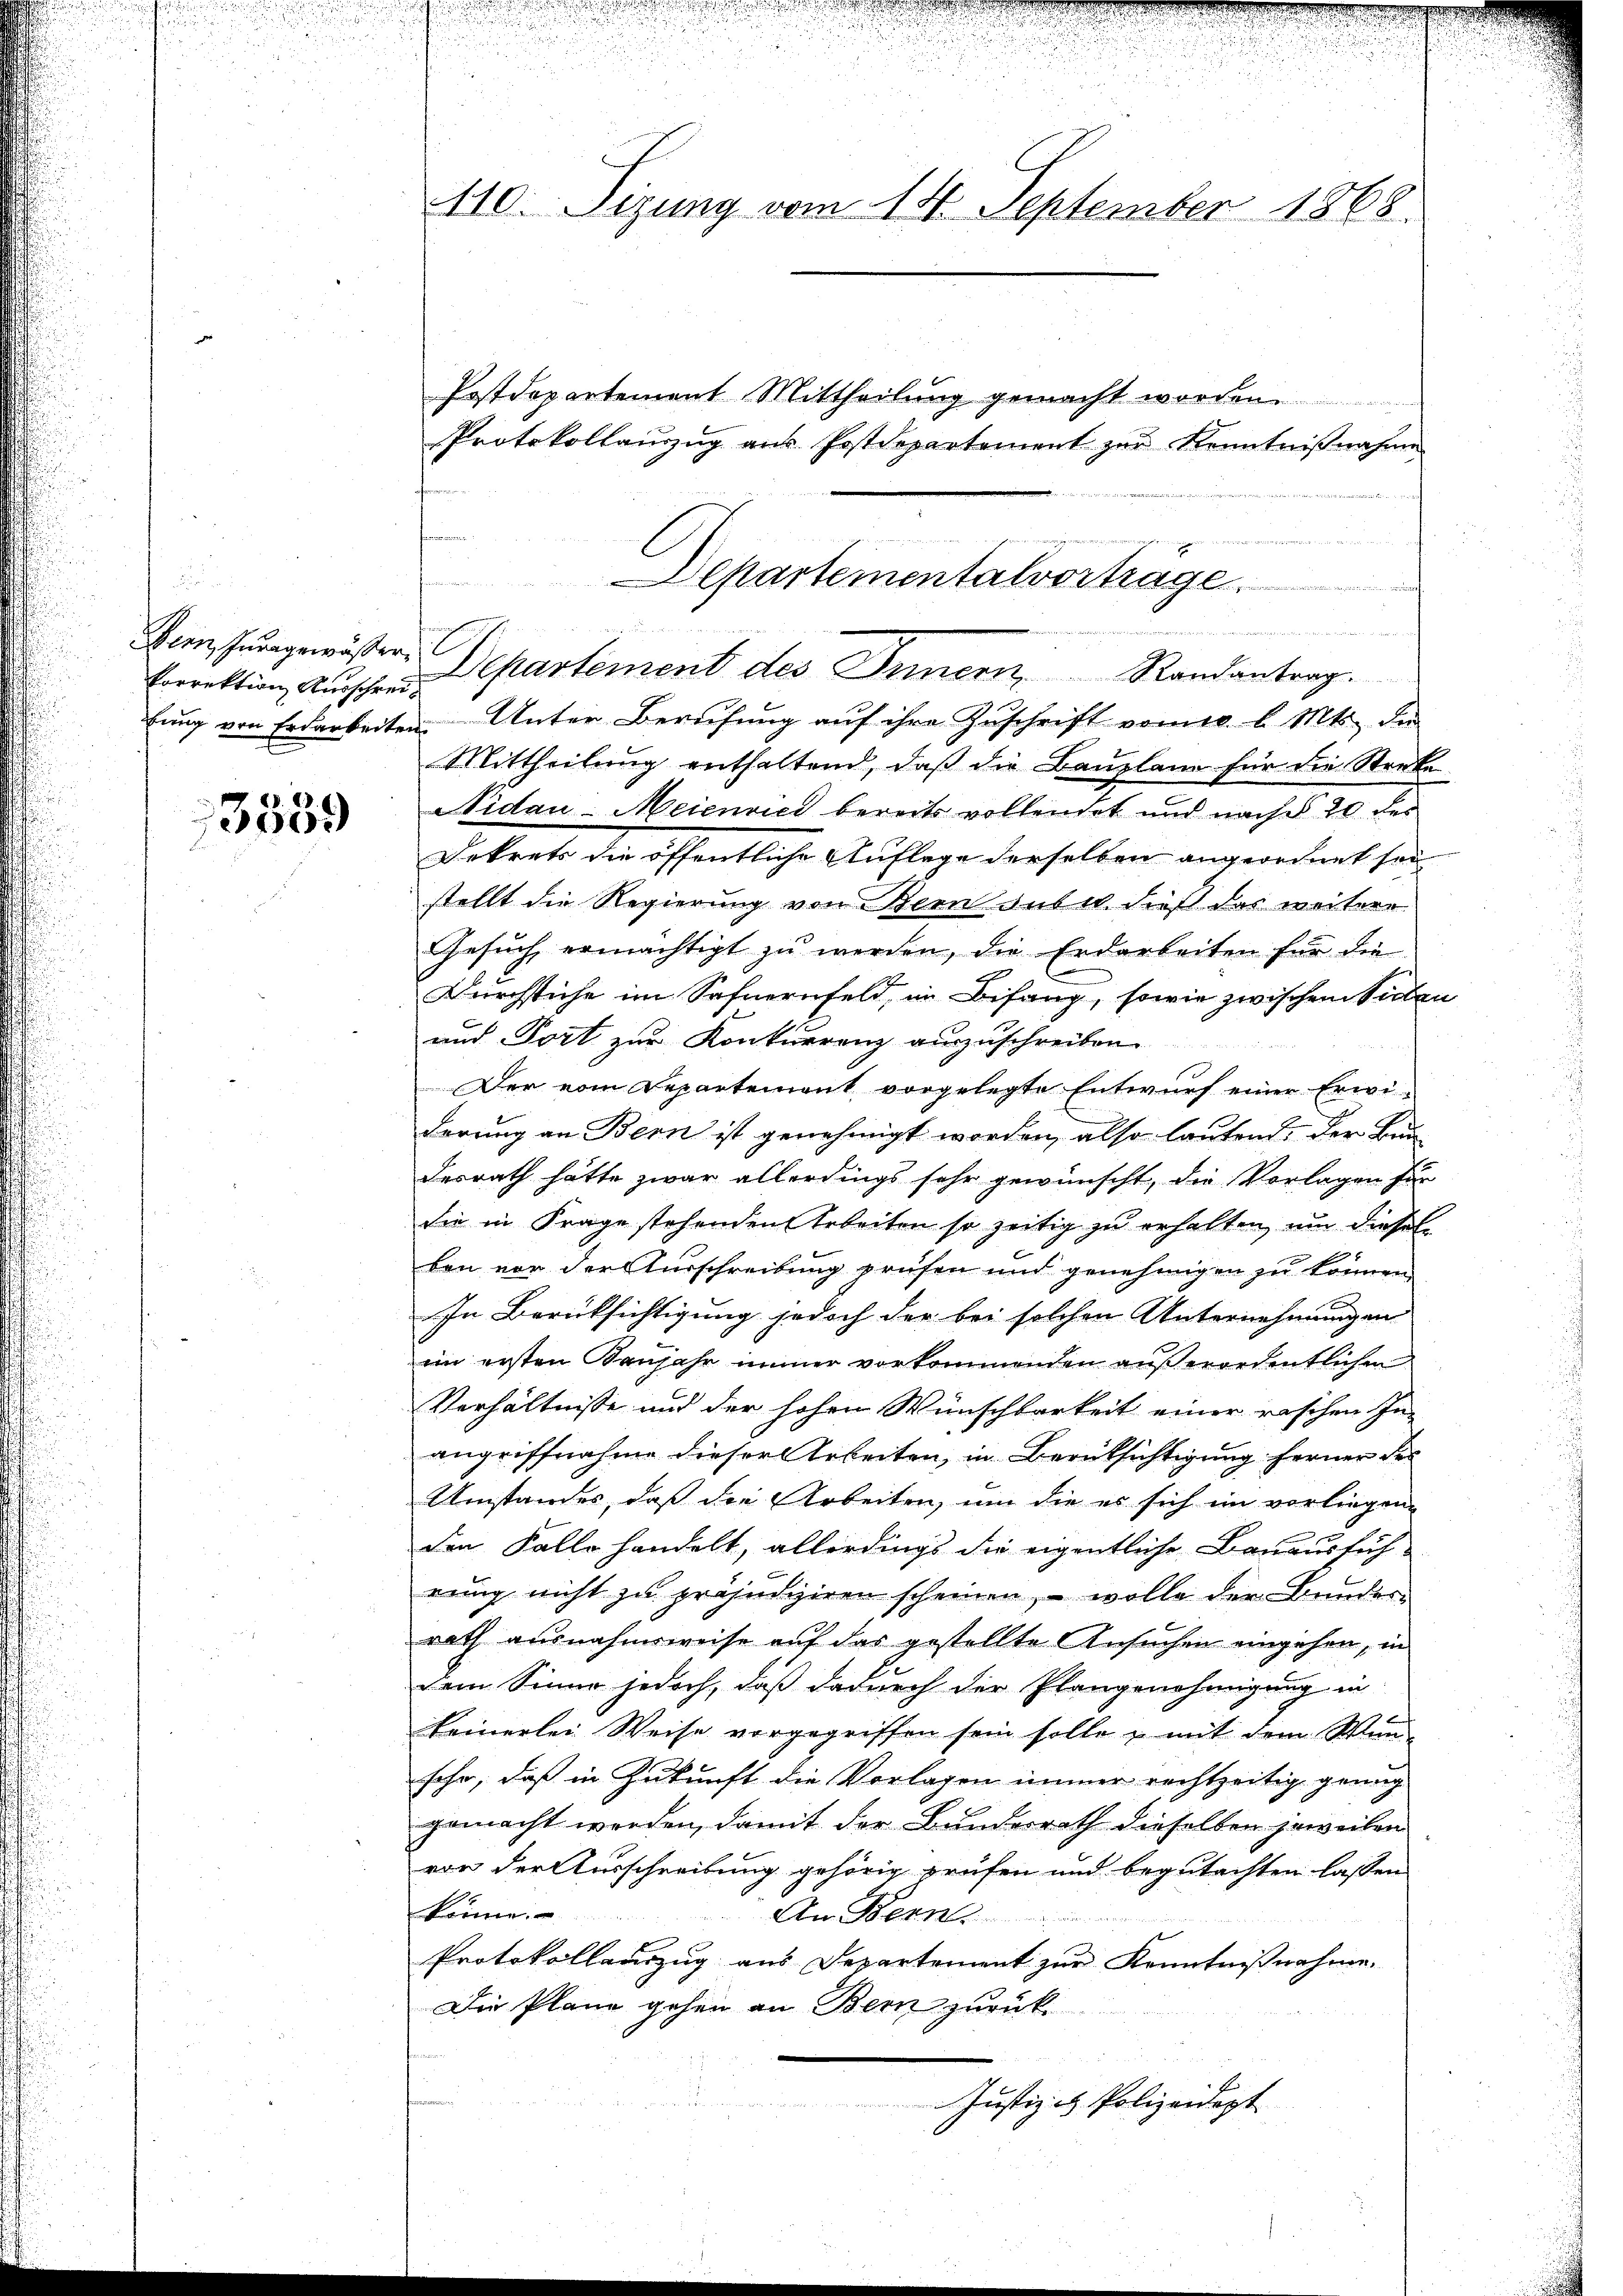
.
Porrektion Ausschrei¬

3539

fen
i
fŭng von Erdarbeiten Unter Berufung aŭf ihre Zŭschrift vom g. l. Mts. der
Mittheilung enthaltend, daß die Bauplane für die Streke
Nidau-Meienried bereits vollendet und nach 20 des
Dekrets die öffentliche Auflage derselben angeordnet sei
stellt die Regierung von Bern sub e. dieß das weitere
Gesuch ermächtigt zu werden, die Erdarbeiten für die
Durchstiche im Safnernfeld, in Bifang, sowie zwischen Sichen
und Port zur Konkurrenz auszuschreiben.
Der vom Departement vorgelegte Entwurf einer Erwi-
derung an Bern ist genehmigt worden, also lautend, der Bun-
desrath hätte zwar allerdings sehr gewünscht, die Vorlagen für
die in Frage stehenden Arbeiten so zeitig zu erhalten, um diesel
ben vor der Ausschreibung prüfen und genehmigen zu können.
In Berüksichtigung jedoch der bei solchen Unternehmungen
im ersten Banjahr immer vorkommenden außerordentlichen
Verhältnisse und der hohen Wünschbarkeit einer raschen In-
angriffnahme dieser Arbeiten, in Berücksichtigung ferner der
Umstandes, daß die Arbeiten, um die es sich im vorliegen
den Falle handelt, allerdings die eigentliche Bauausfüh-
rung nicht zu präjudizieren scheinen, – wolle der Bunderrath ausnahmsweise auf das gestellte Ansuchen eingehen, in
dem Sinne jedoch, daß dadurch der Plangenehmigung in
keinerlei Weise vorgegriffen sein solle u mit dem Wun
sehe, daß in Zukunft die Vorlagen immer rechtzeitig genug
gemacht werden, damit der Bundesrath dieselben jeweilen
von der Ausschreibung gehörig prüfen und begutachten lassen
könne.
An Bern.
Protokollauszug aus Departement zur Kenntnißnahme.
Die Pläne gehen an Bern zurück.
Justiz & Polizeidigt

d

.
110. Sizung vom 14. September 1868.

n
.

Postdepartement Mittheilung gemacht wor
Protokollanzug aus Postdepartement zur Kenntnißnahme

Departementalvorträge.
Reiner

Gehŭngewöster Departement des Innern Randantrag.

e